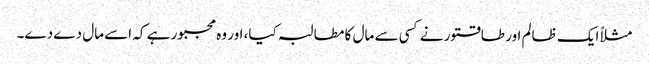
مثلاً ایک ظالم اور طاقتور نے کسی سے مال کا مطالبہ کیا، اور وہ مجبور ہے کہ اسے مال دے دے۔